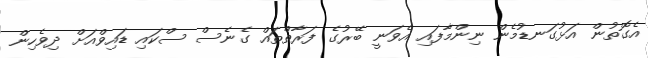
އެގޮތުން އަޅުގަނޑުމެން ނިންމާފައި އެވަނީ ބޭރުގެ ފަރާތްތައް ގެނެސް ސްކައި ޑައިވްއަށް ދިވެހިން